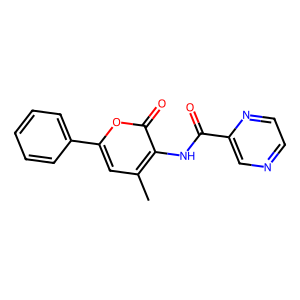
SMILES: Cc1cc(-c2ccccc2)oc(=O)c1NC(=O)c1cnccn1
Inhibits HIV replication: No